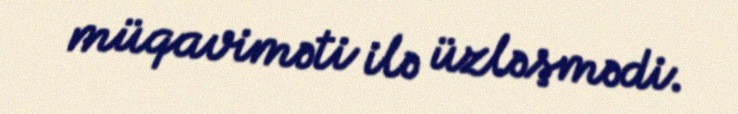
müqaviməti ilə üzləşmədi.